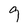
Character: 9